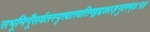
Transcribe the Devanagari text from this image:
सभूमिगूँसर्वतस्पृत्त्वात्त्यतिष्ठ्ठद्दशाङ्गुलम्॥१॥